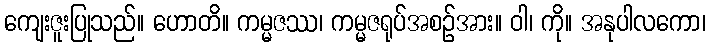
ကျေးဇူးပြုသည်။ ဟောတိ။ ကမ္မဇဿ၊ ကမ္မဇရုပ်အစဉ်အား။ ဝါ၊ ကို။ အနုပါလကော၊